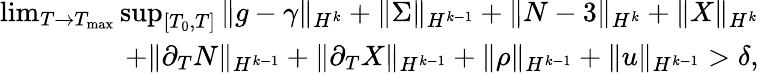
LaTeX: \begin{array}{r}{\operatorname*{lim}_{T\to T_{\mathrm{max}}}\operatorname*{sup}_{[T_{0},T]}\| g-\gamma\| _{H^{k}}+\| \Sigma\| _{H^{k-1}}+\| N-3\| _{H^{k}}+\| X\| _{H^{k}}}\\ {+\| \partial_{T}N\| _{H^{k-1}}+\| \partial_{T}X\| _{H^{k-1}}+\| \rho\| _{H^{k-1}}+\| u\| _{H^{k-1}}>\delta,}\end{array}